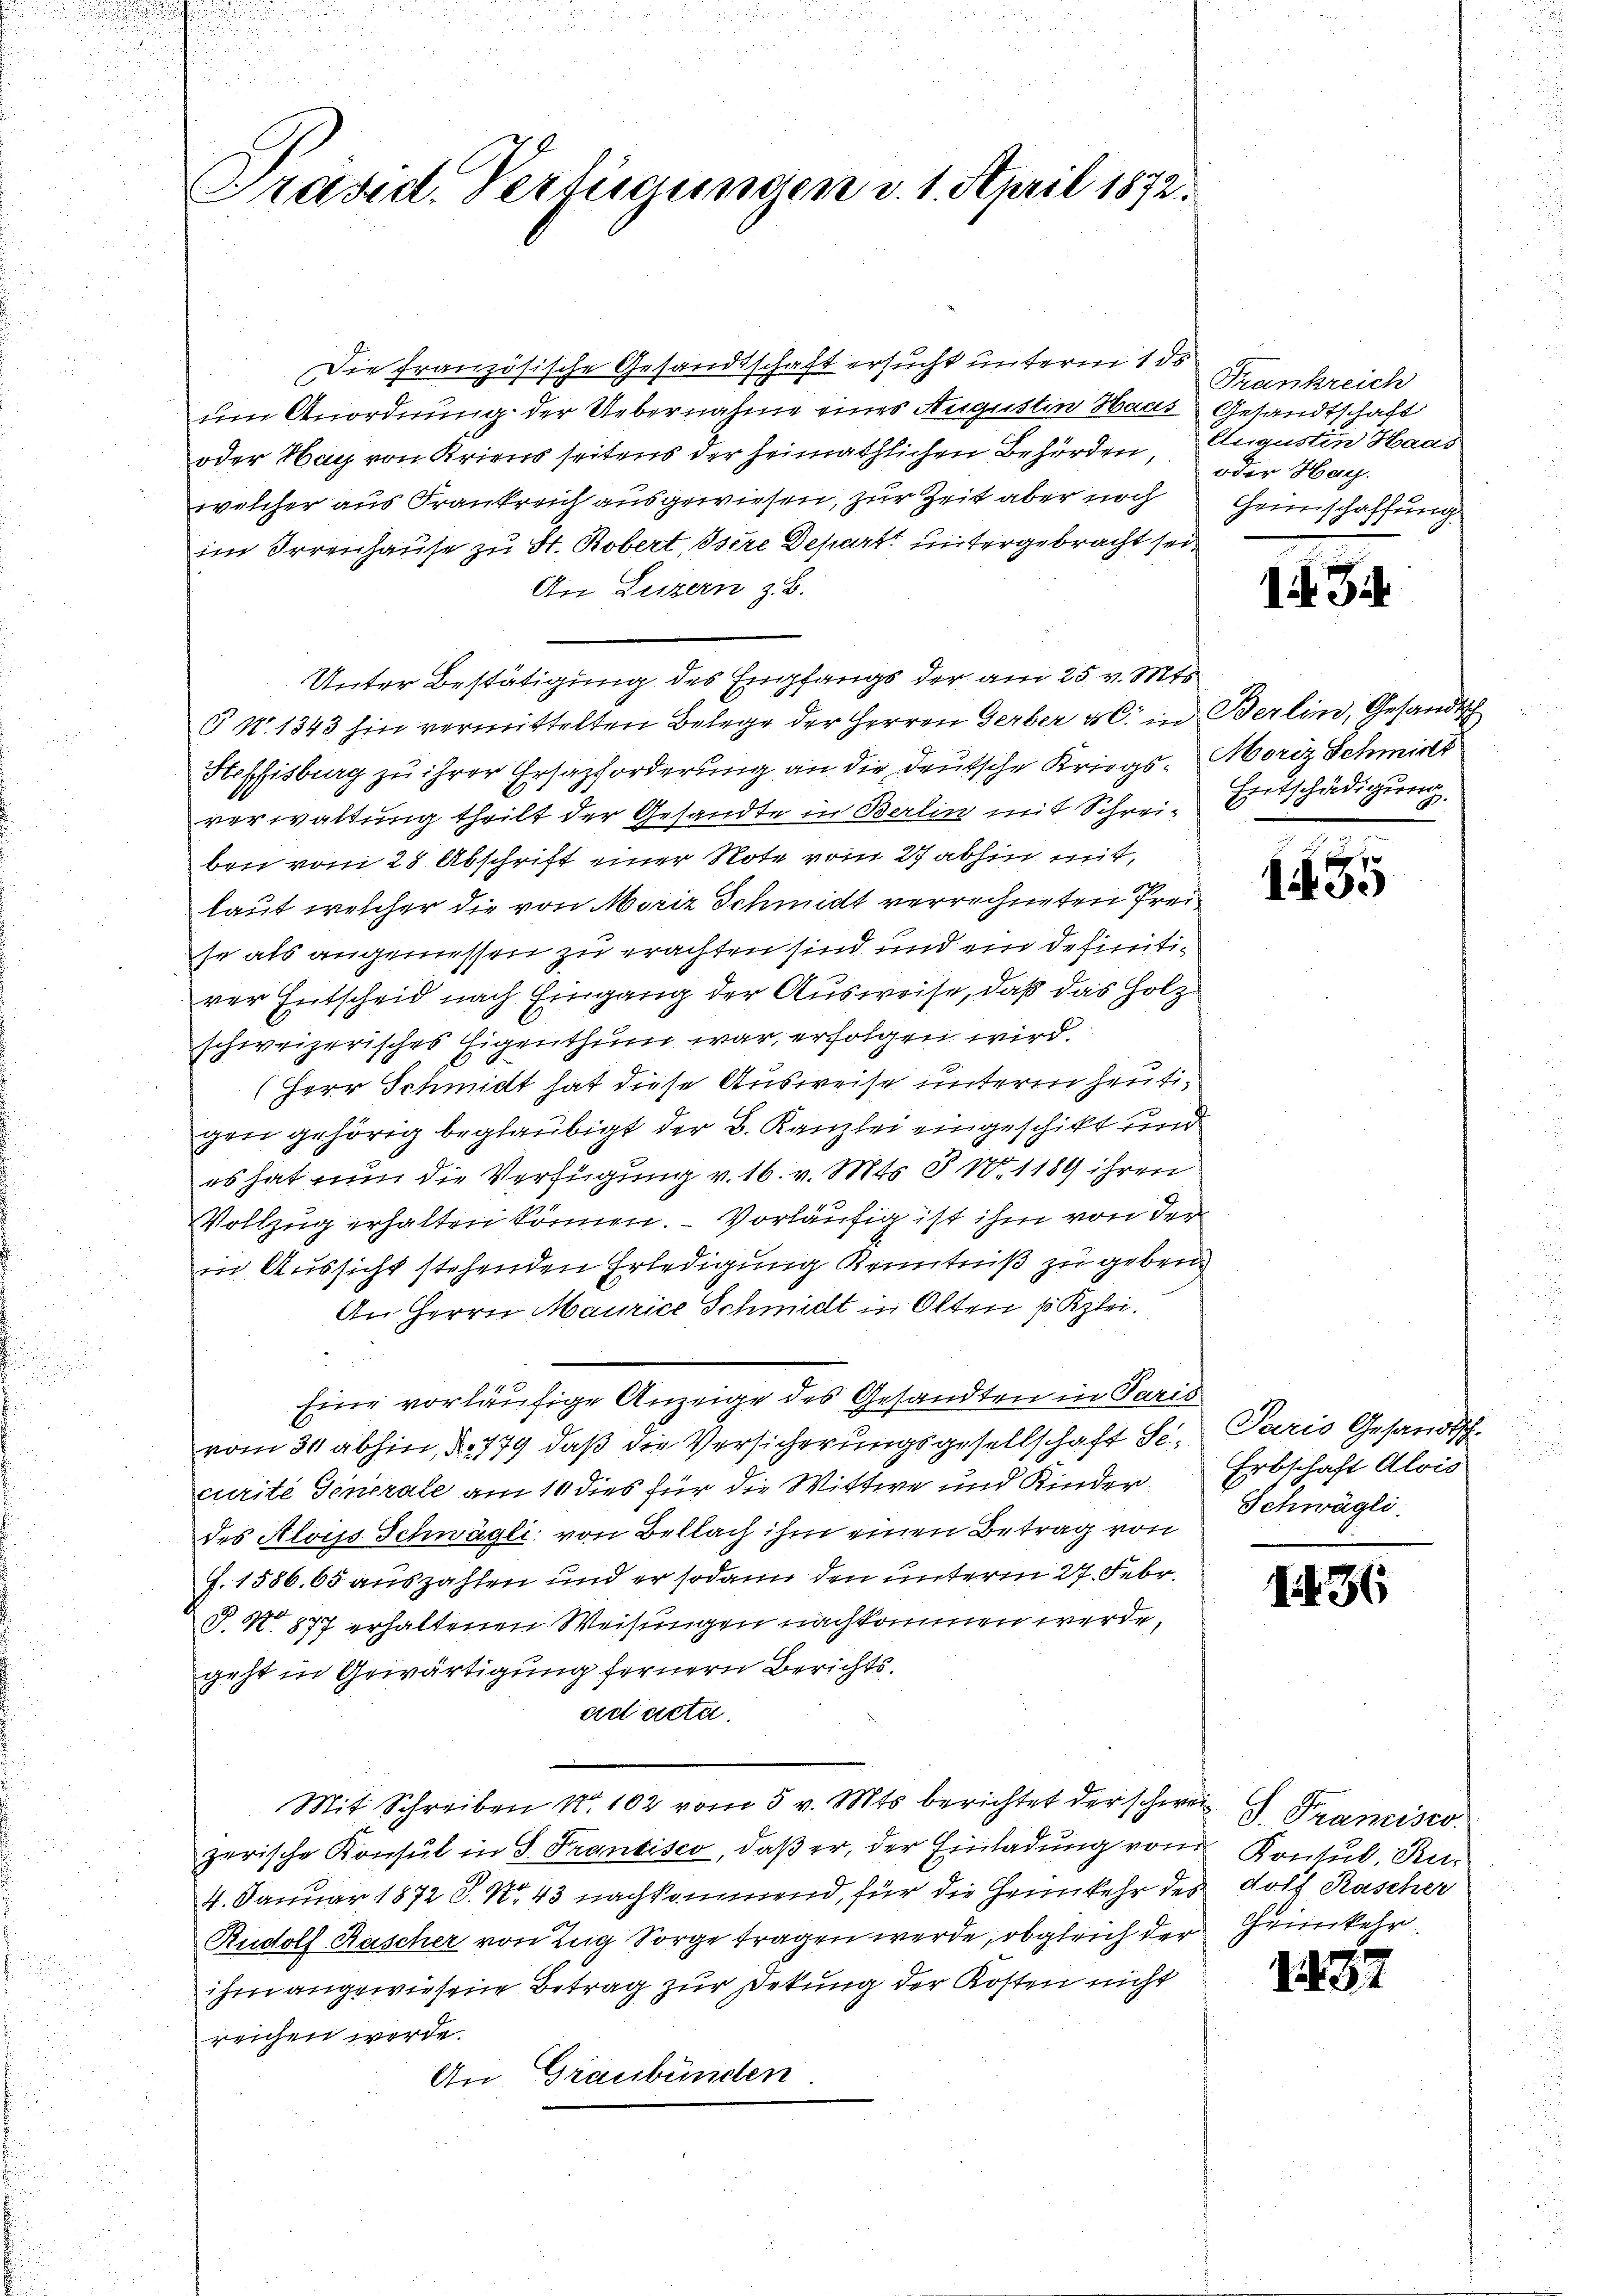
u

Präsid. Verfügungen d. 1. April 1872.

Die französische Gesandtschaft ersucht unterm 1 de
um Anordnung der Uebernahme eines Augustin Haas Gesandtschaft
oder Hach von Kriens seitens der heimathlichen Behörden, Augustin Haas
welcher aus Frankreich ausgewiesen, zur Zeit aber noch
im Irrenhause zu St. Robert, Osere Depart untergebracht sein
An Luzern z.
§ N. 1343 hin vermittelten Belege der Herren Gerber u. in Berlin, Gesandtsch
Heffisburg zu ihrer Ersazforderung an die deutsche Kriegs-Moriz Schmidt
verwaltung theilt der Gesandte in Berlin mit Schreiben vom 28 Abschrift einer Note vom 27 abhin mit,
laut welcher die von Moriz Schmidt verrechneten Freise als angemessen zu erachten sind und ein definitirer Entscheid nach Eingang der Ausweise, daß das Holz
schweizerisches Eigenthum war, erfolgen wird.
Herr Schmidt hat diese Ausweise unterm heutigen gehörig beglaubigt der B. Kanzlei eingeschikt und
es hat nun die Verfügung v. 16. v. Mts. § 101189 ihren
Vollzug erhalten können. – Vorläufig ist ihm von der
in Aussicht stehenden Erledigung Kenntniß zu geben.
An Herrn Maurice Schmidt in Olten 1 Kzlei.
Eine vorläufige Anzeige des Gesandten in Paris
vom 30 abhin, Nr. 779, daß die Versicherungsgesellschaft Securite Generale am 10 dies für die Wittwe und Kinder
des Alois Schwägli von Bellag ihm einen Betrag von
f. 1586. 65 auszahlen und er sodann den unterm 27. Febr.
P. N. 877 erhaltenen Weisungen nachkommen werde,
geht in Gewärtigung fernern Berichtsad acta
Mit Schreiben No. 102 vom 5 v. Mts. berichtet der schwer Francisco
zerische Konsul in S. Francisco, daß er, der Einladung von Kontul, Ru¬
4. Januar 1872 S. Nr. 43 nachkommend, für die Heimkehr des dolf Rascher
Rudolf Kascher von Zug Sorge tragen werde, obgleich der Heimkehr
ihm angewiesene Betrag zur Sekung der Kosten nicht
reichen werde.
An Graubünden

Unter Bestätigung des Empfangs der am 25. v. Mts.

Frankreich
oder Hach.
Geinschaffung

1. 344

Entschädigung

it 35

Paris Gesandtsch-
Erbschaft Alois
Schwägli

136

1837